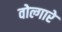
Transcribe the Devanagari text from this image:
वोल्गारे